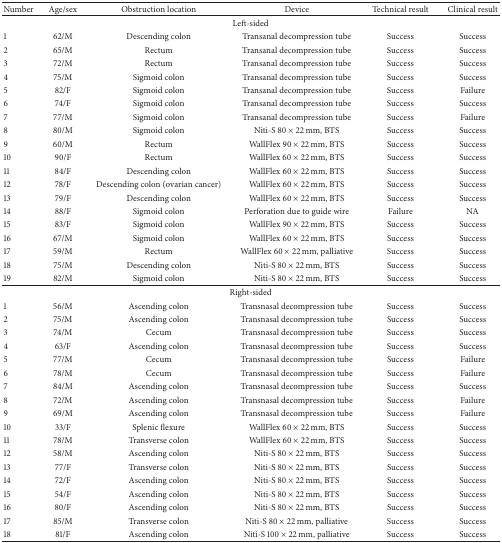
<table><thead><tr><td><b>Number</b></td><td><b>Age/sex</b></td><td><b>Obstruction location</b></td><td><b>Device</b></td><td><b>Technical result</b></td><td><b>Clinical result</b></td></tr></thead><tbody><tr><td colspan="6">Left-sided</td></tr><tr><td>1</td><td>62/M</td><td>Descending colon</td><td>Transanal decompression tube</td><td>Success</td><td>Success</td></tr><tr><td>2</td><td>65/M</td><td>Rectum</td><td>Transanal decompression tube</td><td>Success</td><td>Success</td></tr><tr><td>3</td><td>72/M</td><td>Rectum</td><td>Transanal decompression tube</td><td>Success</td><td>Success</td></tr><tr><td>4</td><td>75/M</td><td>Sigmoid colon</td><td>Transanal decompression tube</td><td>Success</td><td>Success</td></tr><tr><td>5</td><td>82/F</td><td>Sigmoid colon</td><td>Transanal decompression tube</td><td>Success</td><td>Failure</td></tr><tr><td>6</td><td>74/F</td><td>Sigmoid colon</td><td>Transanal decompression tube</td><td>Success</td><td>Success</td></tr><tr><td>7</td><td>77/M</td><td>Sigmoid colon</td><td>Transanal decompression tube</td><td>Success</td><td>Failure</td></tr><tr><td>8</td><td>80/M</td><td>Sigmoid colon</td><td>Niti-S 80 × 22 mm, BTS</td><td>Success</td><td>Success</td></tr><tr><td>9</td><td>60/M</td><td>Rectum</td><td>WallFlex 90 × 22 mm, BTS</td><td>Success</td><td>Success</td></tr><tr><td>10</td><td>90/F</td><td>Rectum</td><td>WallFlex 60 × 22 mm, BTS</td><td>Success</td><td>Success</td></tr><tr><td>11</td><td>84/F</td><td>Descending colon</td><td>WallFlex 60 × 22 mm, BTS</td><td>Success</td><td>Success</td></tr><tr><td>12</td><td>78/F</td><td>Descending colon (ovarian cancer)</td><td>WallFlex 60 × 22 mm, BTS</td><td>Success</td><td>Success</td></tr><tr><td>13</td><td>79/F</td><td>Descending colon</td><td>WallFlex 60 × 22 mm, BTS</td><td>Success</td><td>Success</td></tr><tr><td>14</td><td>88/F</td><td>Sigmoid colon</td><td>Perforation due to guide wire</td><td>Failure</td><td>NA</td></tr><tr><td>15</td><td>83/F</td><td>Sigmoid colon</td><td>WallFlex 90 × 22 mm, BTS</td><td>Success</td><td>Success</td></tr><tr><td>16</td><td>67/M</td><td>Sigmoid colon</td><td>WallFlex 60 × 22 mm, BTS</td><td>Success</td><td>Success</td></tr><tr><td>17</td><td>59/M</td><td>Rectum</td><td>WallFlex 60 × 22 mm, palliative</td><td>Success</td><td>Success</td></tr><tr><td>18</td><td>75/M</td><td>Descending colon</td><td>Niti-S 80 × 22 mm, BTS</td><td>Success</td><td>Success</td></tr><tr><td>19</td><td>82/M</td><td>Sigmoid colon</td><td>Niti-S 80 × 22 mm, BTS</td><td>Success</td><td>Success</td></tr><tr><td colspan="6">Right-sided</td></tr><tr><td>1</td><td>56/M</td><td>Ascending colon</td><td>Transnasal decompression tube</td><td>Success</td><td>Success</td></tr><tr><td>2</td><td>75/M</td><td>Ascending colon</td><td>Transnasal decompression tube</td><td>Success</td><td>Success</td></tr><tr><td>3</td><td>74/M</td><td>Cecum</td><td>Transnasal decompression tube</td><td>Success</td><td>Success</td></tr><tr><td>4</td><td>63/F</td><td>Ascending colon</td><td>Transnasal decompression tube</td><td>Success</td><td>Success</td></tr><tr><td>5</td><td>77/M</td><td>Cecum</td><td>Transnasal decompression tube</td><td>Success</td><td>Failure</td></tr><tr><td>6</td><td>78/M</td><td>Cecum</td><td>Transnasal decompression tube</td><td>Success</td><td>Failure</td></tr><tr><td>7</td><td>84/M</td><td>Ascending colon</td><td>Transnasal decompression tube</td><td>Success</td><td>Success</td></tr><tr><td>8</td><td>72/M</td><td>Ascending colon</td><td>Transnasal decompression tube</td><td>Success</td><td>Failure</td></tr><tr><td>9</td><td>69/M</td><td>Ascending colon</td><td>Transnasal decompression tube</td><td>Success</td><td>Failure</td></tr><tr><td>10</td><td>33/F</td><td>Splenic flexure</td><td>WallFlex 60 × 22 mm, BTS</td><td>Success</td><td>Success</td></tr><tr><td>11</td><td>78/M</td><td>Transverse colon</td><td>WallFlex 60 × 22 mm, BTS</td><td>Success</td><td>Success</td></tr><tr><td>12</td><td>58/M</td><td>Ascending colon</td><td>Niti-S 80 × 22 mm, BTS</td><td>Success</td><td>Success</td></tr><tr><td>13</td><td>77/F</td><td>Transverse colon</td><td>Niti-S 80 × 22 mm, BTS</td><td>Success</td><td>Success</td></tr><tr><td>14</td><td>72/F</td><td>Ascending colon</td><td>Niti-S 80 × 22 mm, BTS</td><td>Success</td><td>Success</td></tr><tr><td>15</td><td>54/F</td><td>Ascending colon</td><td>Niti-S 80 × 22 mm, BTS</td><td>Success</td><td>Success</td></tr><tr><td>16</td><td>80/F</td><td>Ascending colon</td><td>Niti-S 80 × 22 mm, BTS</td><td>Success</td><td>Success</td></tr><tr><td>17</td><td>85/M</td><td>Transverse colon</td><td>Niti-S 80 × 22 mm, palliative</td><td>Success</td><td>Success</td></tr><tr><td>18</td><td>81/F</td><td>Ascending colon</td><td>Niti-S 100 × 22 mm, palliative</td><td>Success</td><td>Success</td></tr></tbody></table>